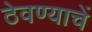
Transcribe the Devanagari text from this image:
ठेवण्याचें